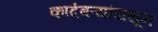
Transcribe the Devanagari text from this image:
कादंबऱ्यांपासून